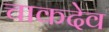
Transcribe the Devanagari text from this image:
चाकदेव